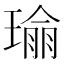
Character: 𪼔